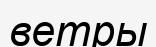
ветры